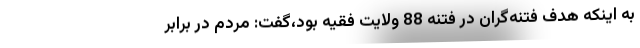
به اینکه هدف فتنه‌گران در فتنه 88 ولایت فقیه بود،گفت: مردم در برابر